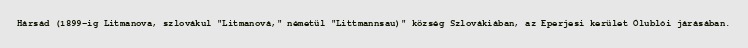
Hársád (1899-ig Litmanova, szlovákul "Litmanová," németül "Littmannsau)" község Szlovákiában, az Eperjesi kerület Ólublói járásában.